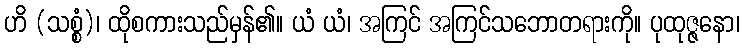
ဟိ (သစ္စံ)၊ ထိုစကားသည်မှန်၏။ ယံ ယံ၊ အကြင် အကြင်သဘောတရားကို။ ပုထုဇ္ဇနော၊